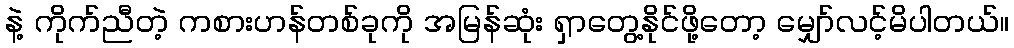
နဲ့ ကိုက်ညီတဲ့ ကစားဟန်တစ်ခုကို အမြန်ဆုံး ရှာတွေ့နိုင်ဖို့တော့ မျှော်လင့်မိပါတယ်။